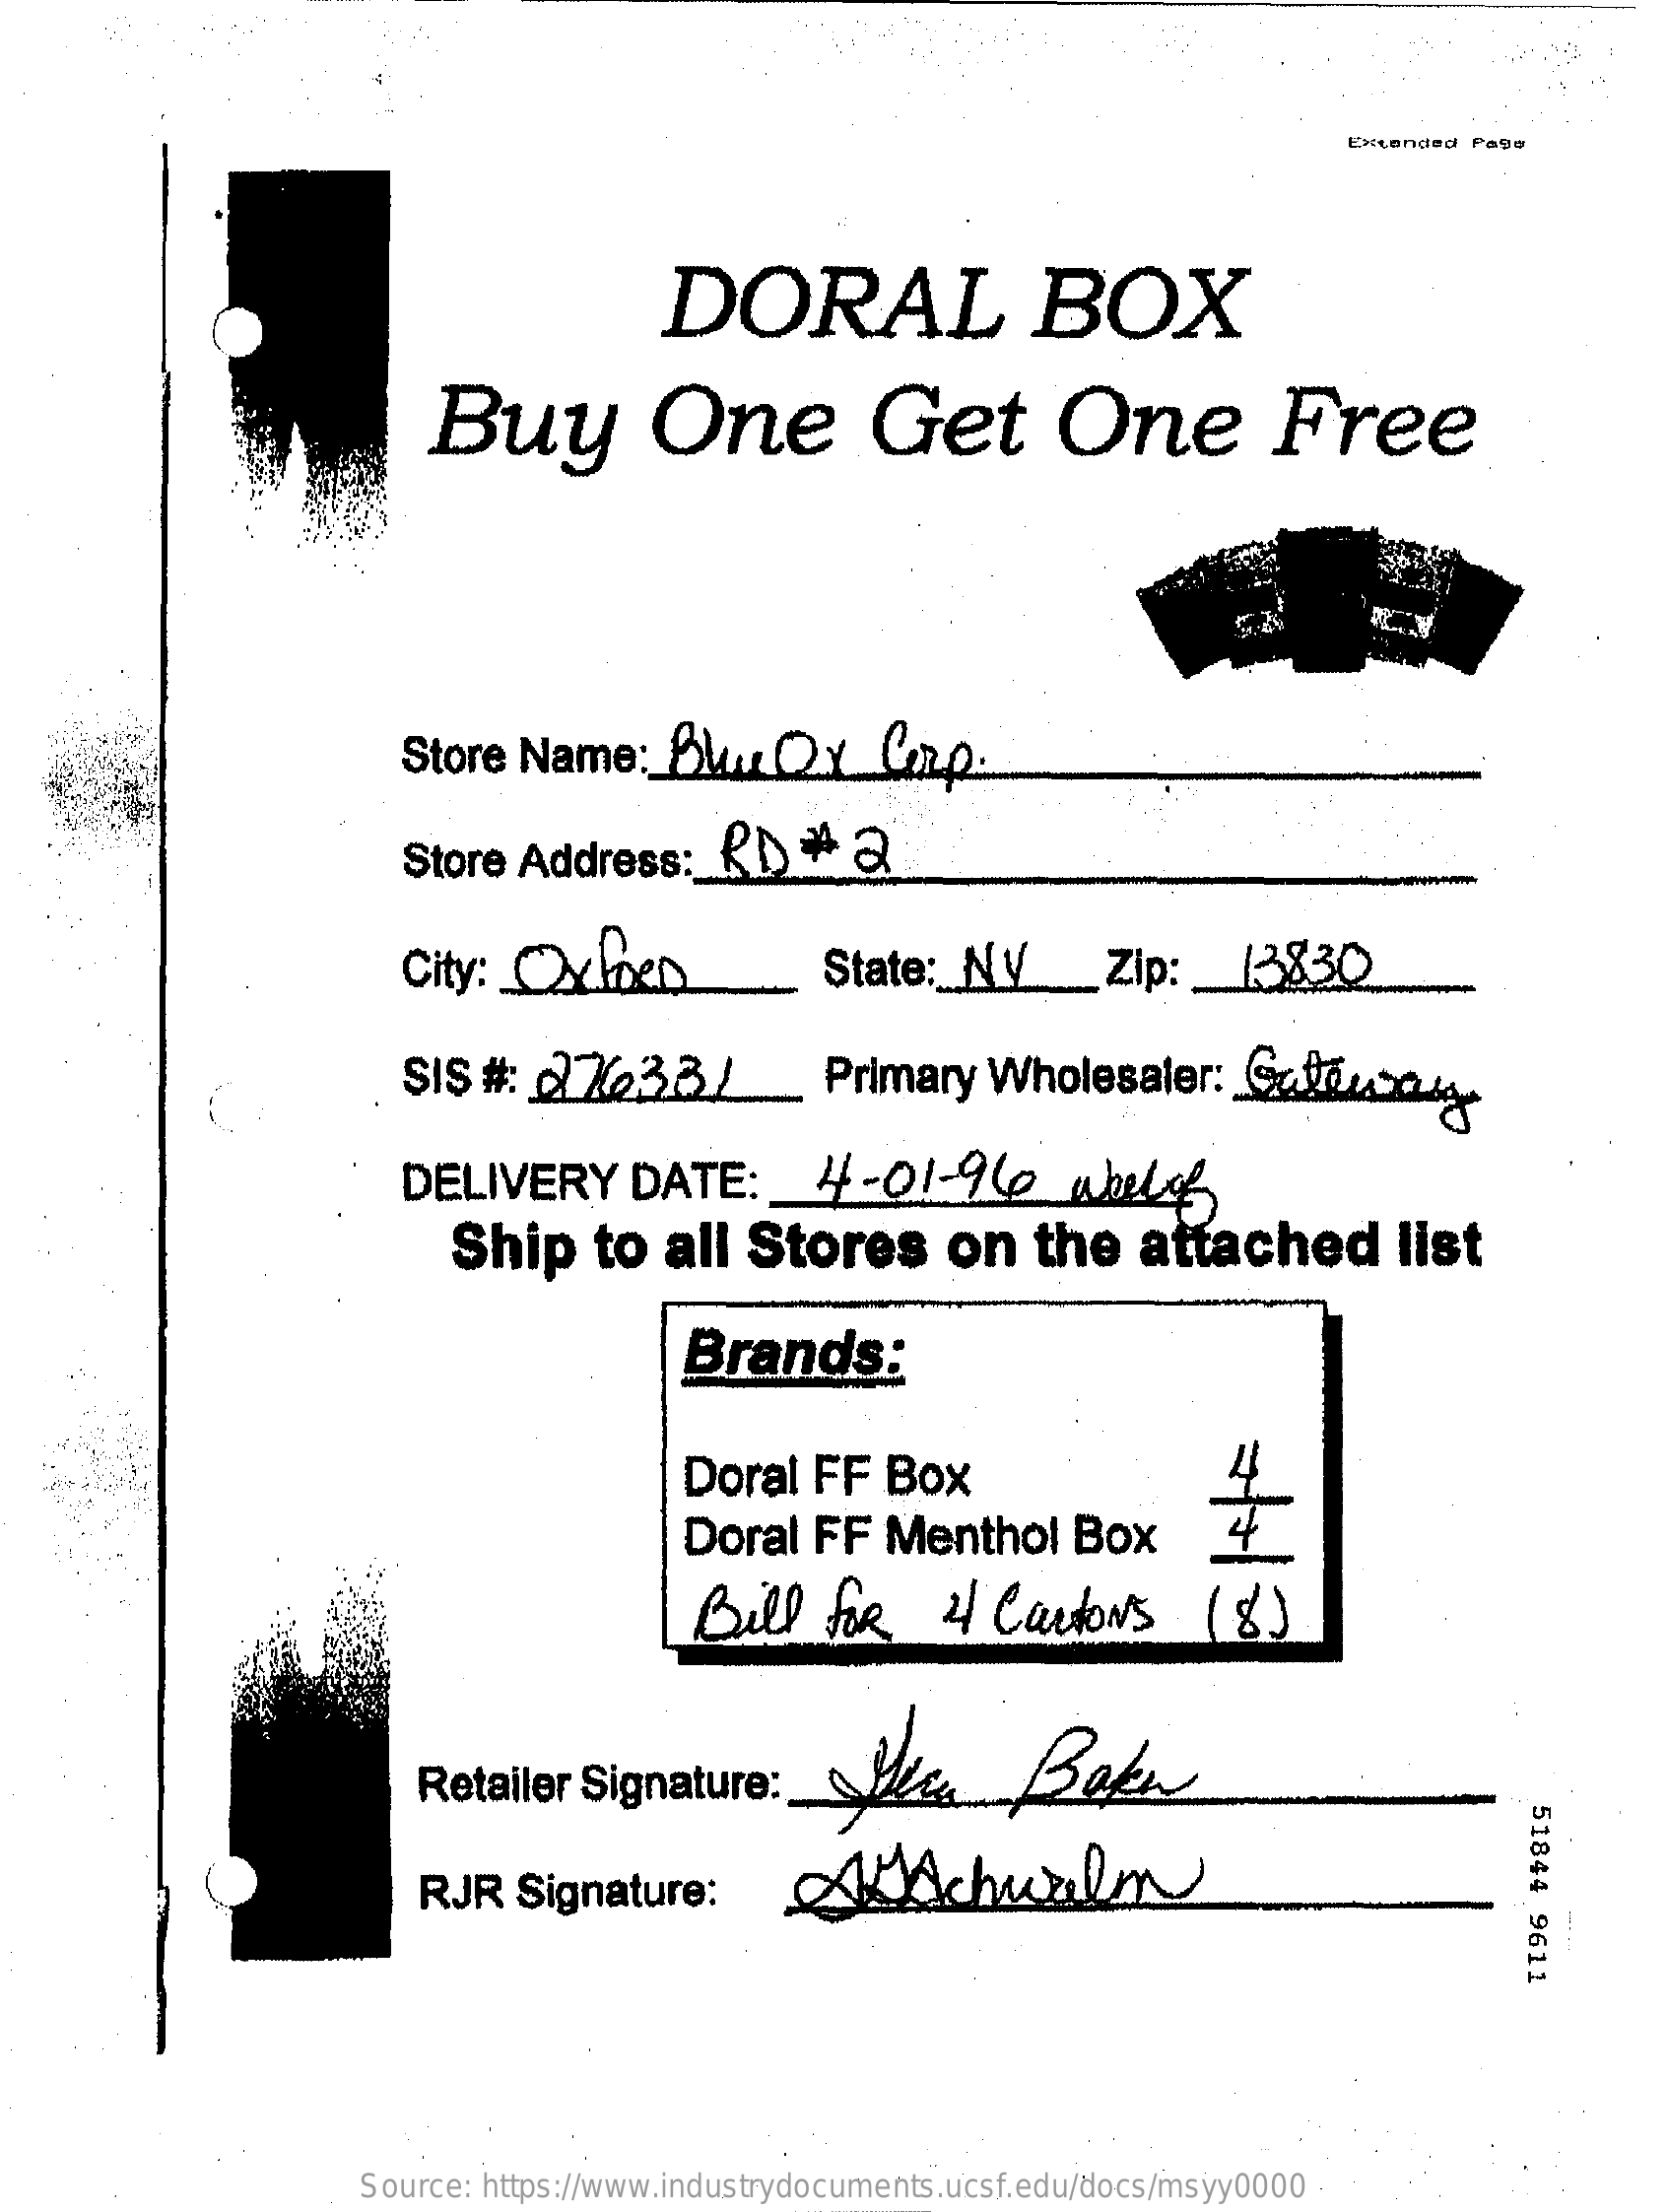
Extended Page
     DORAL    BOX
     Buy    One    Get    One    Free
     Store  Name:    BluDy    Corp.
     Store  Address    :_ RD  #  2
     City:  Oxben    State:   NV_Zip:    _ 13830
     SIS  #: 27633/    Primary   Wholesaler:    Catricos
     DELIVERY    DATE:    4-01-94    whels
     Ship    to  all   Stores    on   the    attached    list
     Brands:
     Doral   FF  Box    4
     Doral   FF  Menthol    Box
     Bill   for    2  Cartons    (8)
     Retailer  Signature:
     51844
     9611
     RJR   Signature:    MAchurilm
     Source: https://www.industrydocuments.ucsf.edu/docs/msyy0000